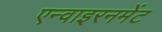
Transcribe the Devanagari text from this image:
एन्वाइरनमेंट